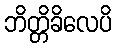
ဘိတ္တိခိလေပိ